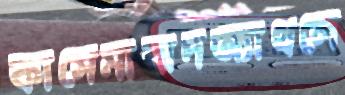
কাসেমাবাদঅ্যাথলে